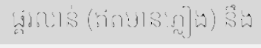
ផ្គរលាន់ (ឥតមានភ្លៀង) នឹង